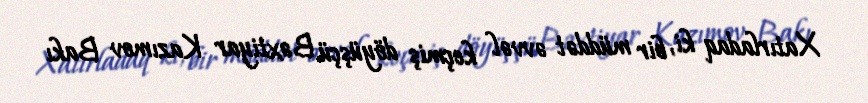
Xatırladaq ki, bir müddət əvvəl keçmiş döyüşçü Bəxtiyar Kazımov Bakı